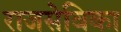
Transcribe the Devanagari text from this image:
राजसेविका